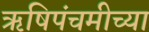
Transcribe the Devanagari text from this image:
ऋषिपंचमीच्या